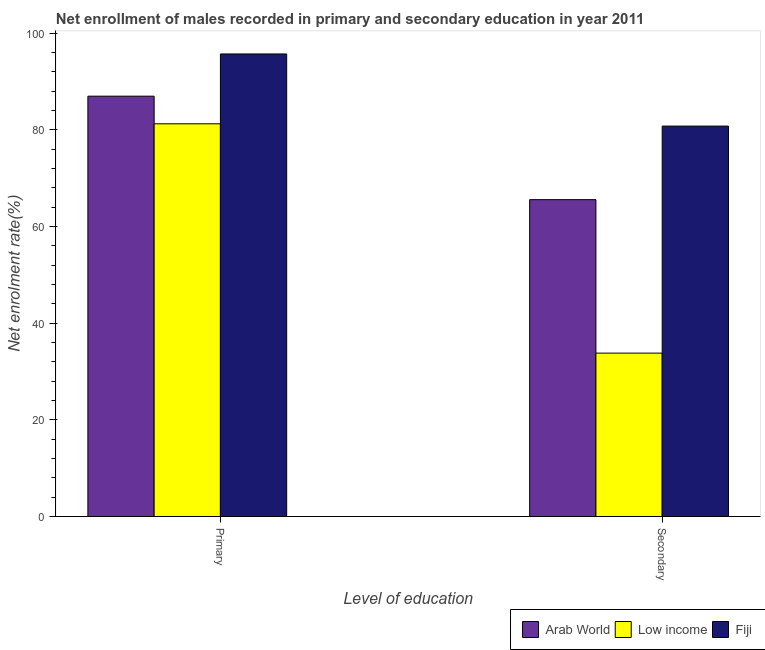
| Level of education | Arab World | Low income | Fiji |
 | --- | --- | --- | --- |
 | Primary | 87 | 81.2 | 95.7 |
 | Secondary | 65.5 | 33.8 | 80.8 |